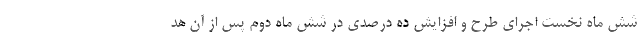
شش ماه نخست اجرای طرح و افزایش ده درصدی در شش ماه دوم پس از آن هد